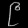
Digit: ၉